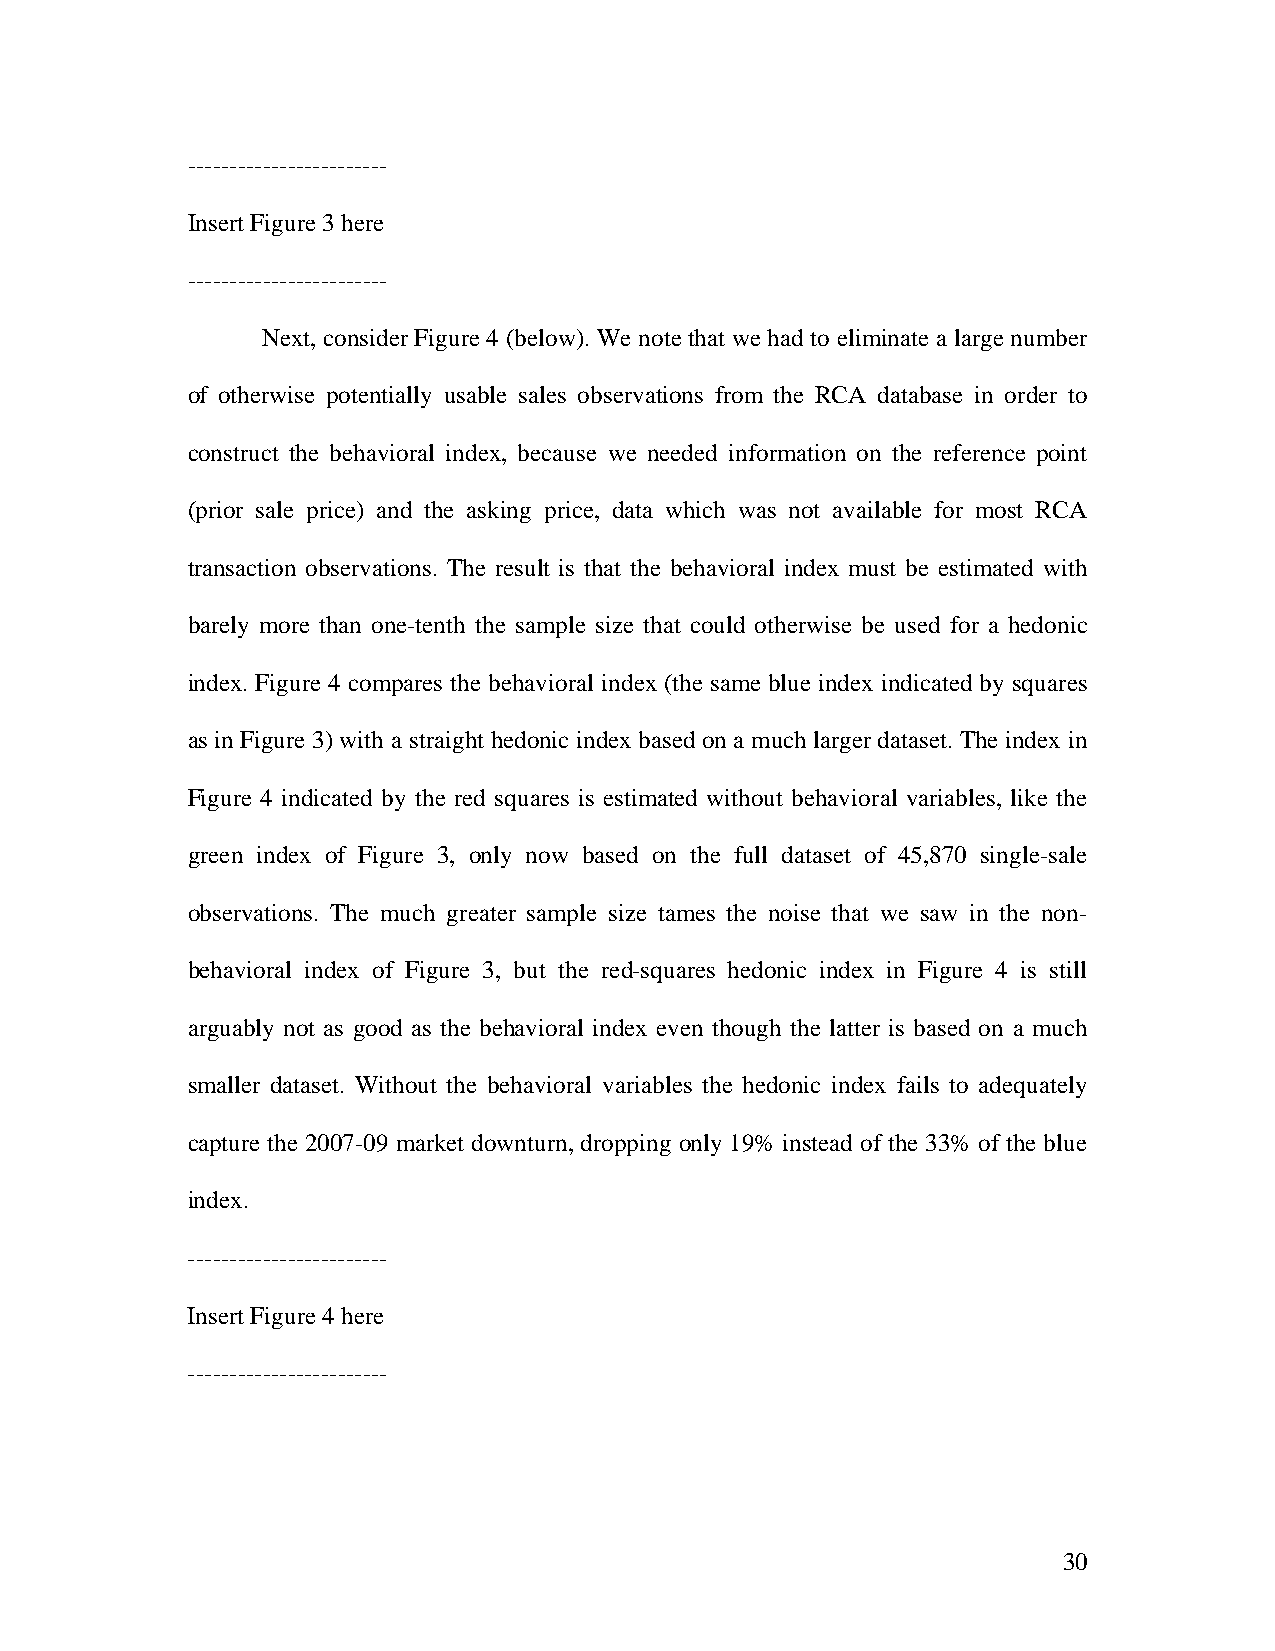
------------------------
 Insert Figure 3 here
 ------------------ ------
 Next, consider Figure 4 (below). We note that we had to eliminate a large number
 of otherwise potentially usable sales observations from the RCA database in order to
 construct the behavioral index, because we needed information on the reference point
 (prior sale price) and the asking price, data which was not available for most RCA
 transaction observations. The result is that the behavioral index must be estimated with
 barely more than one-tenth the sample size that could otherwise be used for a hedonic
 index. Figure 4 compares the behavioral index (the same blue index indicated by squares
 as in Figure 3) with a straight hedonic index based on a much larger dataset. The index in
 Figure 4 indicated by the red squares is estimated without behavioral variables, like the
 green index of Figure 3, only now based on the full dataset of 45,870 single-sale
 observations. The much greater sample size tames the noise that we saw in the non-
 behavioral index of Figure 3, but the red-squares hedonic index in Figure 4 is still
 arguably not as good as the behavioral index even though the latter is based on a much
 smaller dataset. Without the behavioral variables the hedonic index fails to adequately
 capture the 2007-09 market downturn, dropping only 19% instead of the 33% of the blue
 index.
 ------------------------
 Insert Figure 4 here
 ------------------ ------
 30